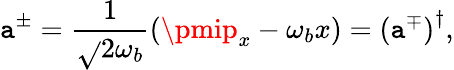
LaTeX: \mathtt{a}^{\pm}=\frac{{1}}{{\sqrt{}{{2\omega_{b}}}}}\left(\pmip_{x}-\omega_{b}x\right)=\left(\mathtt{a}^{\mp}\right)^{\dagger},